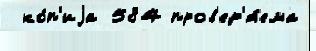
 ко́п'иjа 584 пров'ер'я́ема